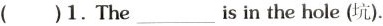
( )1.The___s in the hole (坑).